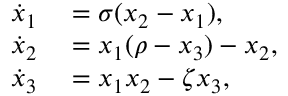
\begin{array} { r l } { \dot { x } _ { 1 } } & { { } = \sigma ( x _ { 2 } - x _ { 1 } ) , } \\ { \dot { x } _ { 2 } } & { { } = x _ { 1 } ( \rho - x _ { 3 } ) - x _ { 2 } , } \\ { \dot { x } _ { 3 } } & { { } = x _ { 1 } x _ { 2 } - \zeta x _ { 3 } , } \end{array}